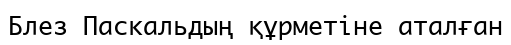
Блез Паскальдың құрметіне аталған